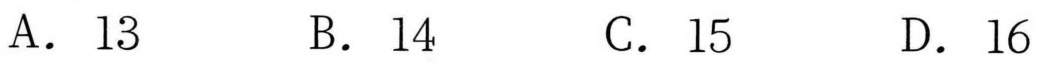
A．13
B．14
C．15
D．16